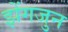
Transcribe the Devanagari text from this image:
झेंगजुन